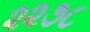
૨૨૭૮